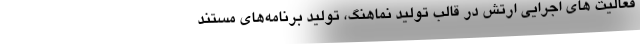
فعالیت های اجرایی ارتش در قالب تولید نماهنگ، تولید برنامه‌های مستند